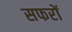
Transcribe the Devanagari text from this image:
सफरों